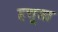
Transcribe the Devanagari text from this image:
हत्तूसा